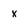
Character: x